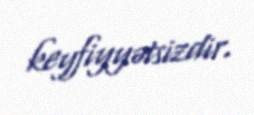
keyfiyyətsizdir.